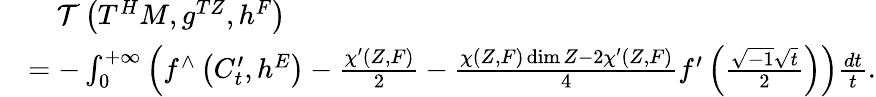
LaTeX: \begin{array}{rl}&{\ \ \ \ \mathcal{T}\left(T^{H}M,g^{TZ},h^{F}\right)}\\ &{=-\int_{0}^{+\infty}\left(f^{\wedge}\left(C_{t}^{\prime},h^{E}\right)-\frac{\chi^{\prime}(Z,F)}{2}-\frac{\chi(Z,F)\dim Z-2\chi^{\prime}(Z,F)}{4}f^{\prime}\left(\frac{\sqrt{-1}\sqrt{t}}{2}\right)\right)\frac{dt}{t}.}\end{array}